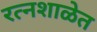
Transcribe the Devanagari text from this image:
रत्नशाळेत